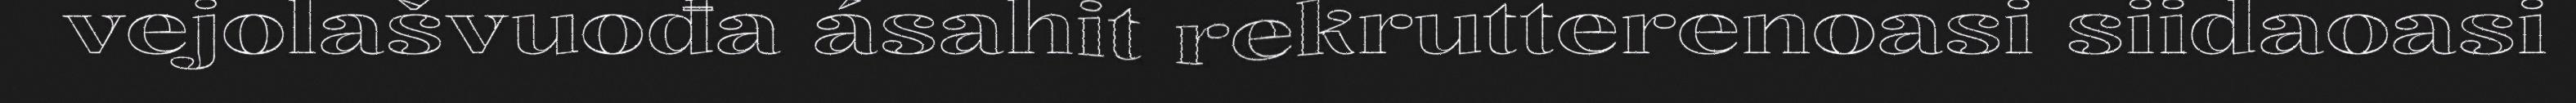
vejolašvuođa ásahit rekrutterenoasi siidaoasi